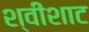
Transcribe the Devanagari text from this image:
श्वीशाट